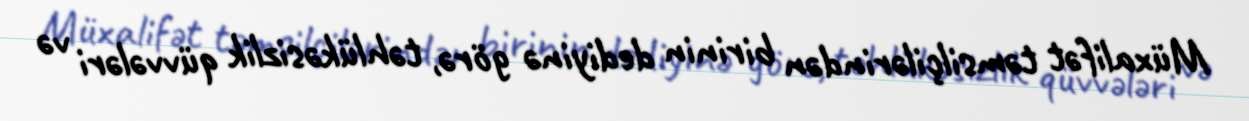
Müxalifət təmsilçilərindən birinin dediyinə görə, təhlükəsizlik qüvvələri və